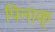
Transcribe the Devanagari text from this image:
पिनाक्